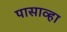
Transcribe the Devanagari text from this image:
पासाव्हा